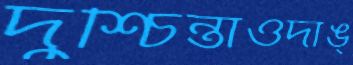
দুশ্চিন্তাওদাঙ্